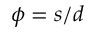
\phi = s / d